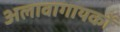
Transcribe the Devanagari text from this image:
अलावागायकों